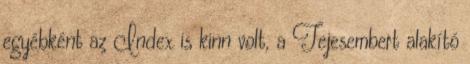
egyébként az Index is kinn volt, a Tejesembert alakító